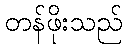
တန်ဖိုးသည်